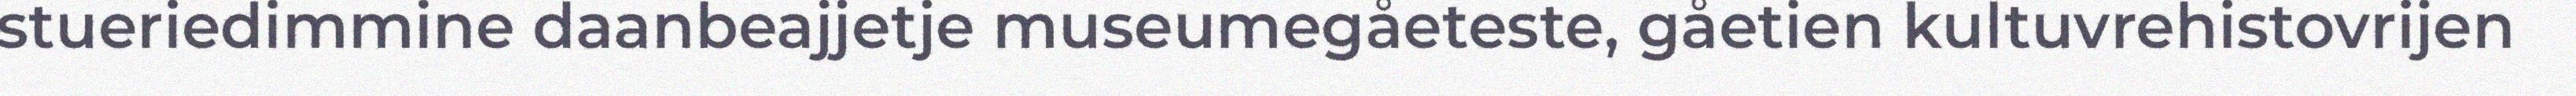
stueriedimmine daanbeajjetje museumegåeteste, gåetien kultuvrehistovrijen